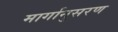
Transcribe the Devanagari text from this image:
मार्गानुसरण